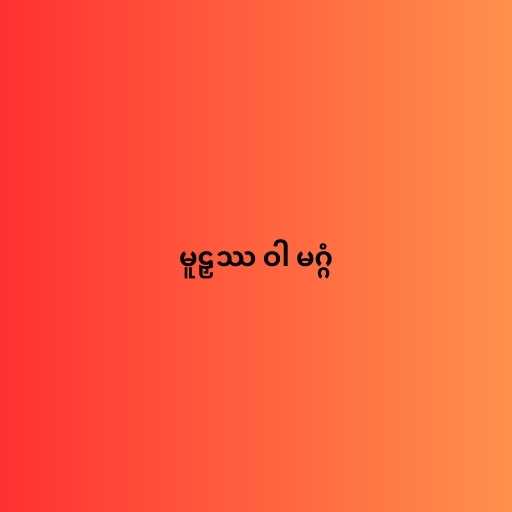
မူဠှဿ ဝါ မဂ္ဂံ